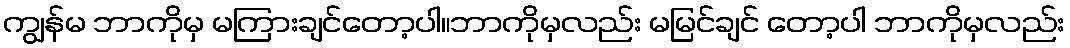
ကျွန်မ ဘာကိုမှ မကြားချင်တော့ပါ။ဘာကိုမှလည်း မမြင်ချင် တော့ပါ ဘာကိုမှလည်း